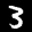
Label: 3